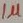
Text: 1µ